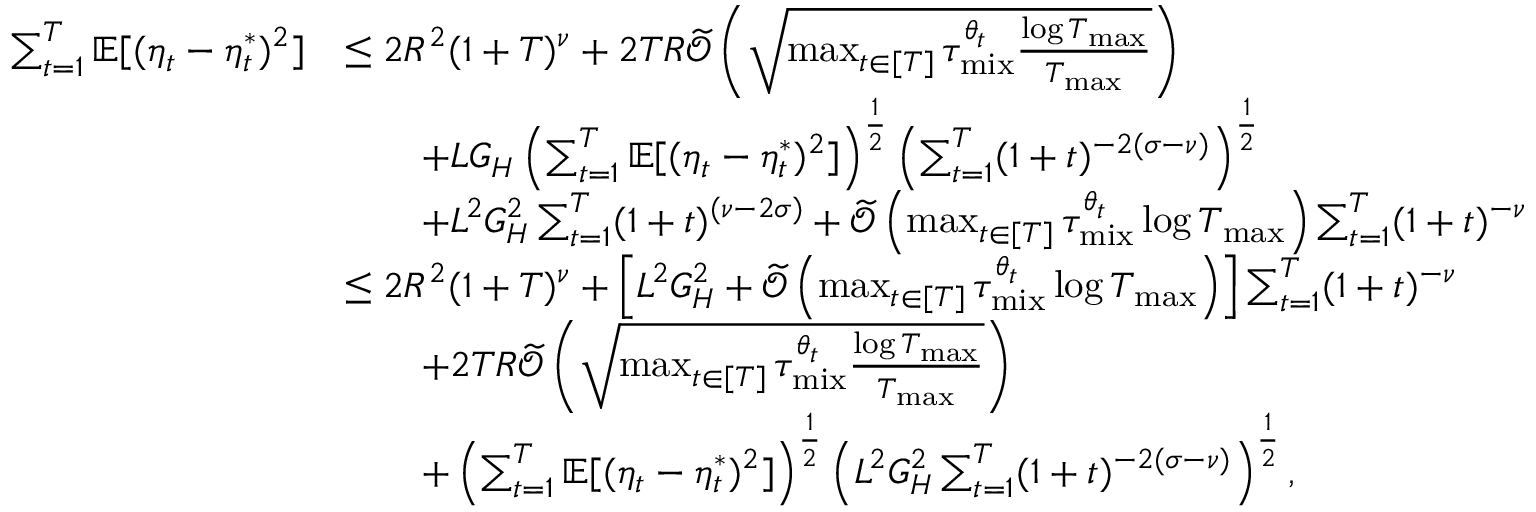
\begin{array} { r l } { \sum _ { t = 1 } ^ { T } \mathbb { E } [ ( \eta _ { t } - \eta _ { t } ^ { * } ) ^ { 2 } ] } & { \leq 2 R ^ { 2 } ( 1 + T ) ^ { \nu } + 2 T R \widetilde { \mathcal { O } } \left( \sqrt { \operatorname* { m a x } _ { t \in [ T ] } \tau _ { \mathrm { m i x } } ^ { \theta _ { t } } \frac { \log T _ { \operatorname* { m a x } } } { T _ { \operatorname* { m a x } } } } \right) } \\ & { \qquad + L G _ { H } \left( \sum _ { t = 1 } ^ { T } \mathbb { E } [ ( \eta _ { t } - \eta _ { t } ^ { * } ) ^ { 2 } ] \right) ^ { \frac { 1 } { 2 } } \left( \sum _ { t = 1 } ^ { T } ( 1 + t ) ^ { - 2 ( \sigma - \nu ) } \right) ^ { \frac { 1 } { 2 } } } \\ & { \qquad + L ^ { 2 } G _ { H } ^ { 2 } \sum _ { t = 1 } ^ { T } ( 1 + t ) ^ { ( \nu - 2 \sigma ) } + \widetilde { \mathcal { O } } \left( \operatorname* { m a x } _ { t \in [ T ] } \tau _ { \mathrm { m i x } } ^ { \theta _ { t } } \log T _ { \operatorname* { m a x } } \right) \sum _ { t = 1 } ^ { T } ( 1 + t ) ^ { - \nu } } \\ & { \leq { 2 R ^ { 2 } ( 1 + T ) ^ { \nu } } + \left[ L ^ { 2 } G _ { H } ^ { 2 } + \widetilde { \mathcal { O } } \left( \operatorname* { m a x } _ { t \in [ T ] } \tau _ { \mathrm { m i x } } ^ { \theta _ { t } } \log T _ { \operatorname* { m a x } } \right) \right] \sum _ { t = 1 } ^ { T } ( 1 + t ) ^ { - \nu } } \\ & { \qquad + 2 T R \widetilde { \mathcal { O } } \left( \sqrt { \operatorname* { m a x } _ { t \in [ T ] } \tau _ { \mathrm { m i x } } ^ { \theta _ { t } } \frac { \log T _ { \operatorname* { m a x } } } { T _ { \operatorname* { m a x } } } } \right) } \\ & { \qquad + \left( \sum _ { t = 1 } ^ { T } \mathbb { E } [ ( \eta _ { t } - \eta _ { t } ^ { * } ) ^ { 2 } ] \right) ^ { \frac { 1 } { 2 } } \left( L ^ { 2 } G _ { H } ^ { 2 } \sum _ { t = 1 } ^ { T } ( 1 + t ) ^ { - 2 ( \sigma - \nu ) } \right) ^ { \frac { 1 } { 2 } } , } \end{array}